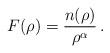
LaTeX: \begin{align*}F(\rho) = \frac{n(\rho)}{\rho^{\alpha}} \,.\end{align*}